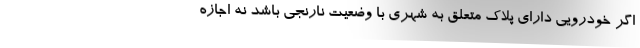
اگر خودرویی دارای پلاک متعلق به شهری با وضعیت نارنجی باشد نه اجازه